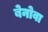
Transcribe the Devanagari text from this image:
बेनोवा